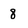
Character: 8